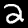
Digit: 2